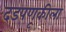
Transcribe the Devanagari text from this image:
दडपणूकीला